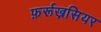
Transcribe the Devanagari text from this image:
फ़र्रूख़सियर